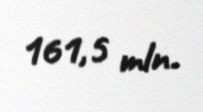
161,5 mln.